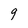
Character: 9